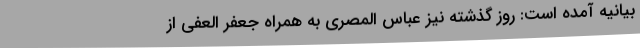
بیانیه آمده است: روز گذشته نیز عباس المصری به همراه جعفر العفی از